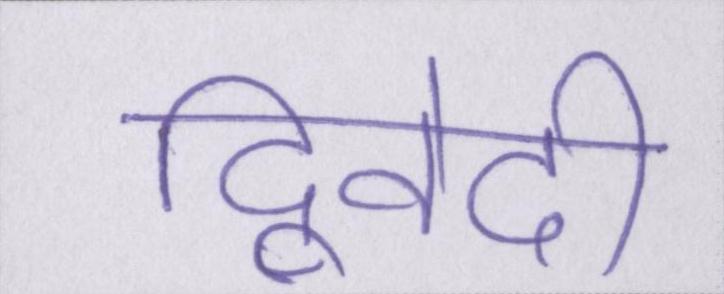
द्विवेदी